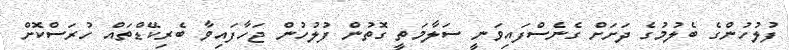
ފުލުހުންގެ ބެލުމުގެ ދަށަށް ގެނެސްފައިވަނީ ސަލާމަތީ ގޮތުން ފުލުހުން ޖަހާފައިވާ ބެރިކޭޑްތައް ހުރަސްކޮށް